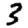
Digit: 3